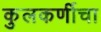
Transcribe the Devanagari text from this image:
कुलकर्णीचा